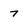
Character: 7